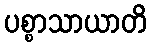
ပစ္စာသာယာတိ